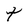
Character: t